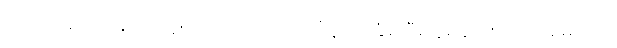
ပါ-၇၀၊ ဋ္ဌ-ဒု-အုပ်-၂၄၅၊ လျှော်တေသင်္ကန်းကိုခြုံ၍မီးလှုံရန်လာသောမျောက်။